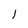
Character: 1